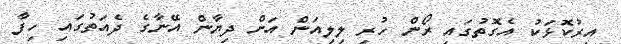
އިރުކޮޅަކު އެގޮތުގައި ރޯން ހުރި ލިލިއަން އަށް ދިޔާން އޭނާގެ ދެއަތުގައި ހިފާ